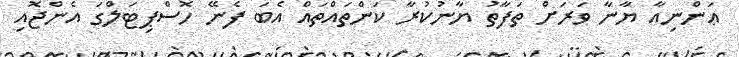
ޢަންނިއާ ޔާނާ ވަރަށް ތަފާތު ޔާނުކުރާ ކަންތައްތައް އެބަ ފެނޭ ހޮސްޕިޓަލްގަ އެންޖޮއި